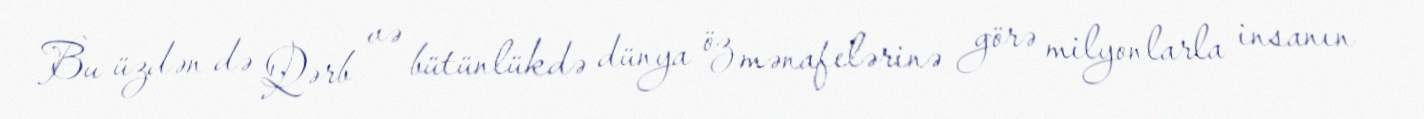
Bu üzdən də Qərb və bütünlükdə dünya öz mənafelərinə görə milyonlarla insanın